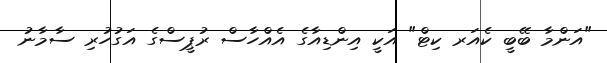
"އަންމާ ބޭބީ ކެއަރ ކިޓް" އަކީ އިންޑިއާގެ އެއްހާސް ރުޕީސްގެ އަގުހުރި ސާމާނު